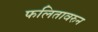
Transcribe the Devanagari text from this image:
फलितावरुन